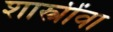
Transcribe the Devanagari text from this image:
शास्त्रींवा